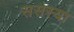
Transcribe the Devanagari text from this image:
ससस्या